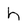
Character: h